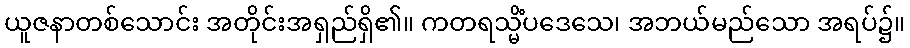
ယူဇနာတစ်သောင်း အတိုင်းအရှည်ရှိ၏။ ကတရသ္မိံပဒေသေ၊ အဘယ်မည်သော အရပ်၌။